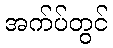
အက်ပ်တွင်